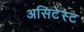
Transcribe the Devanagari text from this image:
असिटेस्ट